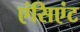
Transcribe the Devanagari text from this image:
एंसिएंट